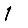
Digit: 1